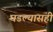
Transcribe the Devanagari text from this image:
घडल्यासही